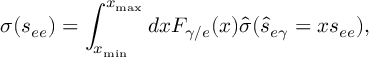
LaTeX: \sigma ( s _ { e e } ) = \int _ { x _ { \mathrm { m i n } } } ^ { x _ { \mathrm { m a x } } } d x F _ { \gamma / e } ( x ) \hat { \sigma } ( \hat { s } _ { e \gamma } = x s _ { e e } ) ,